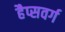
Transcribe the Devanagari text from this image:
हैप्सवर्ग